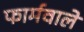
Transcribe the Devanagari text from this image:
फार्मवाले